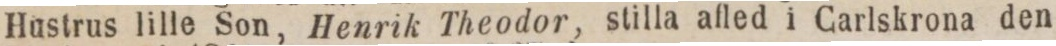
Hustrus lille Son, Henrik Theodor, stilla afled i Carlskrona den